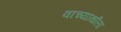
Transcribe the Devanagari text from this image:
वाच्यार्थाला